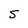
Character: S